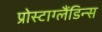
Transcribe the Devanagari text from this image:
प्रोस्टाग्लैंडिन्स